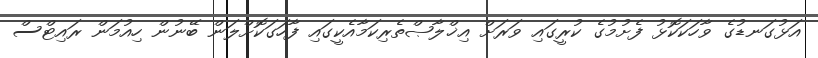
އަޅުގަނޑުގެ ވާހަކަކޮޅު ފެށުމުގެ ކުރީގައި ވަރަށް އިޚްލާޞްތެރިކަމާއެކީގައި ފާހަގަކޮށްލަން ބޭނުން ހިއުމަން ރައިޓްސް